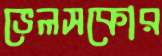
ভেলসকোর